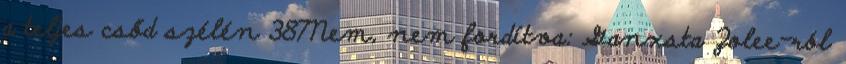
a teljes csőd szélén 387Nem, nem fordítva: Ganxsta Zolee-ról